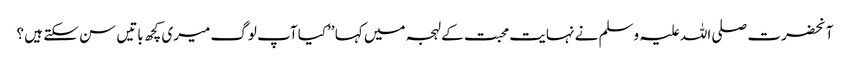
آنحضرت صلی اللہ علیہ وسلم نے نہایت محبت کے لہجہ میں کہا ’’کیا آپ لوگ میری کچھ باتیں سن سکتے ہیں ؟